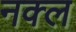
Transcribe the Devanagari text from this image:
नक्ल